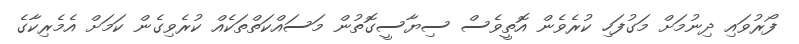
ފޯރުވައި ދިނުމަށް މަގުފަހި ކުރެވެން އޮތީވެސް ސިޔާސީގޮތުން މަސައްކަތްތަކެއް ކުރެވިގެން ކަމަށް އެމެރިކާގެ